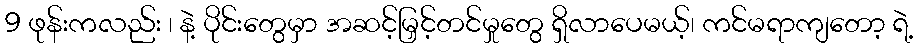
9 ဖုန်းကလည်း ၊ နဲ့ ပိုင်းတွေမှာ အဆင့်မြှင့်တင်မှုတွေ ရှိလာပေမယ့်၊ ကင်မရာကျတော့ ရဲ့